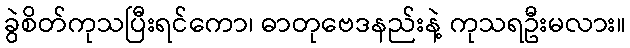
ခွဲစိတ်ကုသပြီးရင်ကော၊ ဓာတုဗေဒနည်းနဲ့ ကုသရဦးမလား။